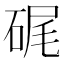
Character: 𥒮